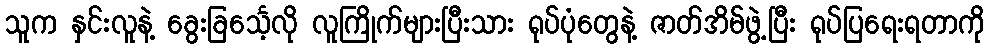
သူက နှင်းလူနဲ့ ခွေးခြင်္သေ့လို လူကြိုက်များပြီးသား ရုပ်ပုံတွေနဲ့ ဇာတ်အိမ်ဖွဲ့ပြီး ရုပ်ပြရေးရတာကို